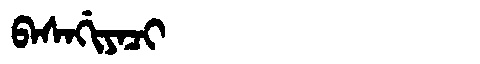
Manchu: ᠪᠠᠰᠠᡤᡳᠶᠠᠴᡳ
Romanization: BASAGIYACI